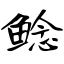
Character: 鲶